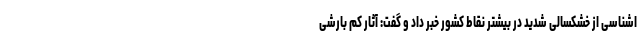
اشناسی از خشکسالی شدید در بیشتر نقاط کشور خبر داد و گفت: آثار کم بارشی